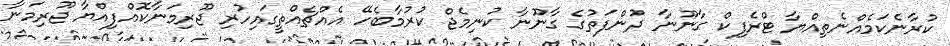
ކުރާނެކަމެއްނެތިއްޔާ ޓްރެފިކް ގާނޫނާ ދުންފަތުގެ ގާނޫނާ ކުނިމެޖް ކުރުމާބެހޭ އެއްޗެއްތީގައިހުރި ޖޫރިމަނާކޮއްފިއްޔާ ޖޫރިމަނާ